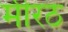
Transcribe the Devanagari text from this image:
मीरठ